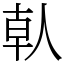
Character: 倝